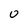
Character: 0